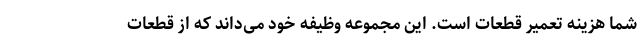
شما هزینه تعمیر قطعات است. این مجموعه وظیفه خود می‌داند که از قطعات